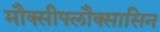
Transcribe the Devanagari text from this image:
मौक्सीफ्लौक्सासिन